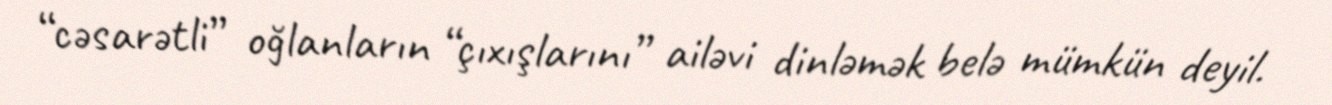
“cəsarətli” oğlanların “çıxışlarını” ailəvi dinləmək belə mümkün deyil.